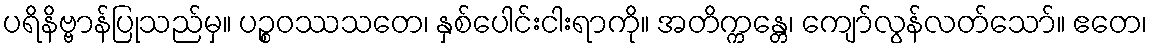
ပရိနိဗ္ဗာန်ပြုသည်မှ။ ပဉ္စဝဿသတေ၊ နှစ်ပေါင်းငါးရာကို။ အတိက္ကန္တေ၊ ကျော်လွန်လတ်သော်။ ဧတေ၊